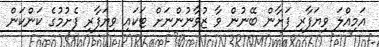
އަމިއްލަ ވިޔަފާރި ފަށާން ބޭނުން ވާ ޒުވާނުންނަށް ޓަކައި ވިޔަފާރި ފެށުމުގެ ކަންކަން